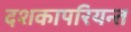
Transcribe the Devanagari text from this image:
दशकापरियन्त